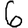
Digit: 6